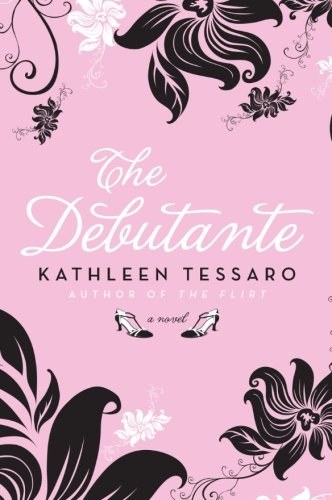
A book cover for The Debutante: A Novel; Kathleen Tessaro; Literature & Fiction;